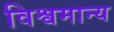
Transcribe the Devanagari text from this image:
विश्वमान्य